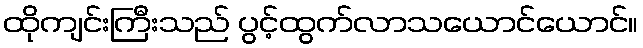
ထိုကျင်းကြီးသည် ပွင့်ထွက်လာသယောင်ယောင်။